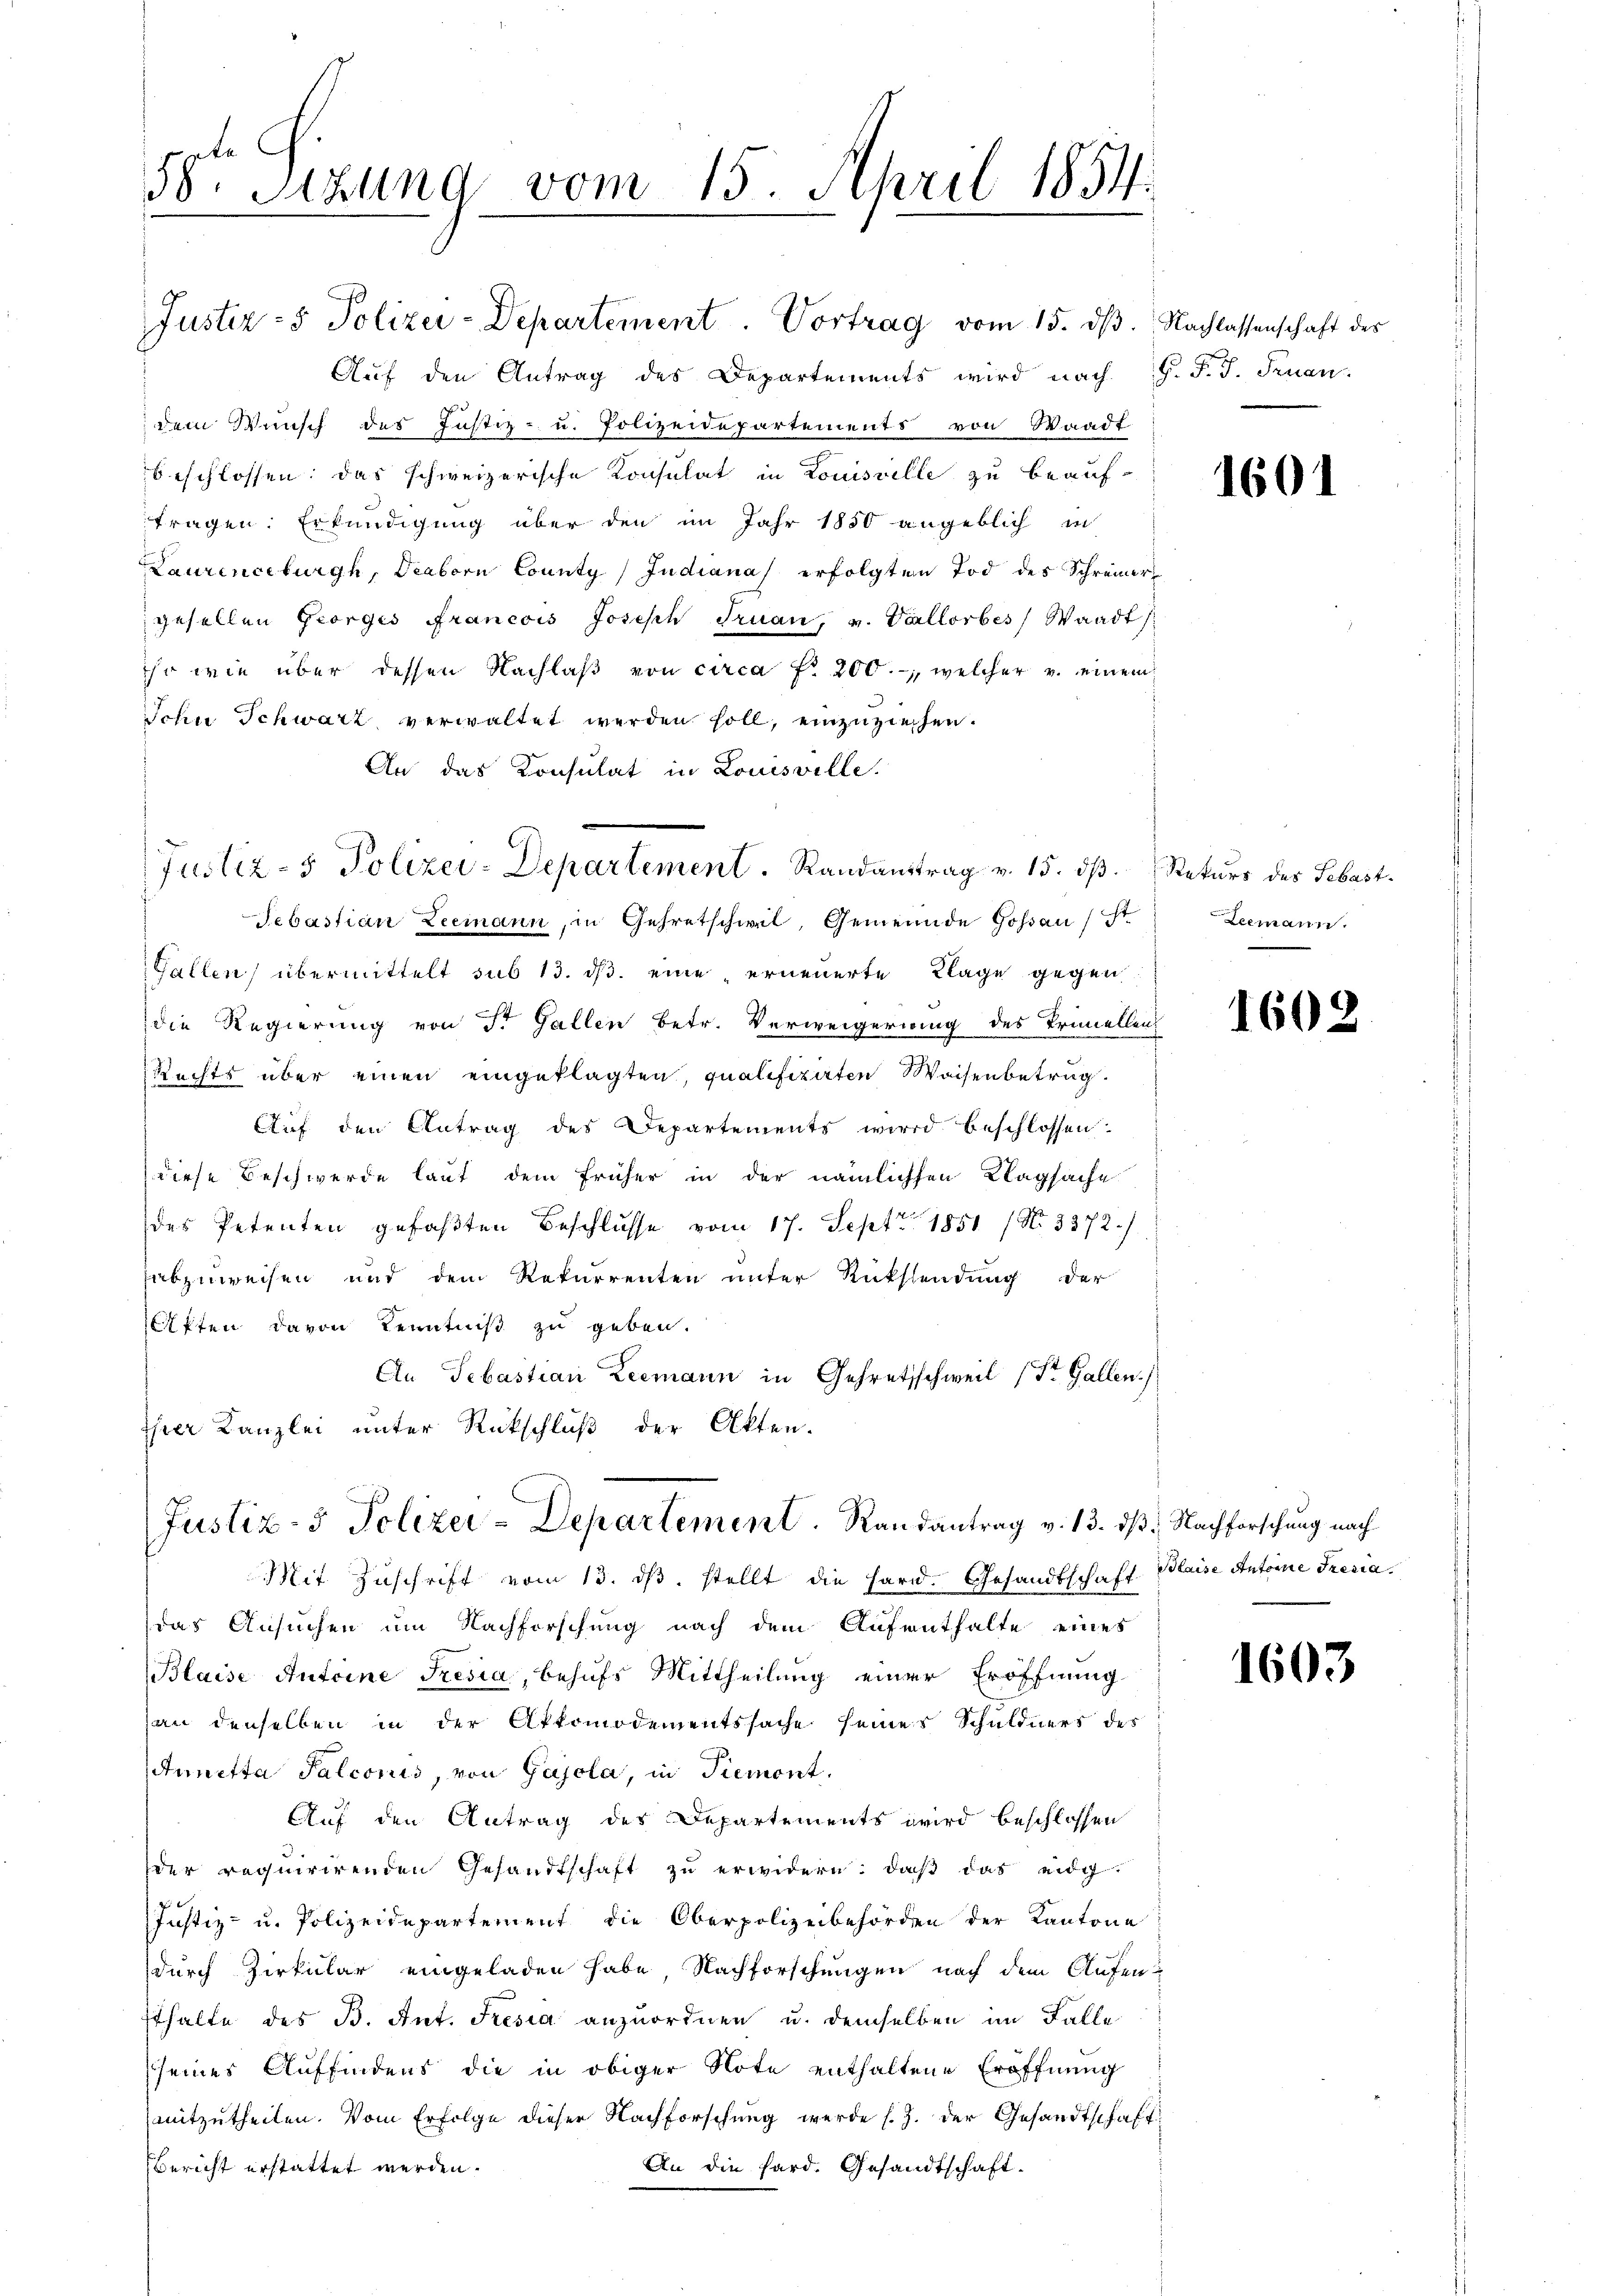
56. Sitzung vom 15. April 1854.
e

Auf den Antrag des Departements wird nach J. F. J. Finan
dem Wunsch des Justiz- u. Polizeidepartements von Waadt
beschlossen: das schweizerische Konsulat in Louisville zu beauffragen. Erkundigung über den im Jahr 1850 angeblich in
Laurenceburgh, Deaborn County (Judiana erfolgten Tod des Schreiner
gesellen Georges Francois Joseph Fruan, u. Vallorbes Waadt
so wie über dessen Nachlaβ von circa Fr. 200.-, welcher v. einem
Jchn Schwarz, verwaltet werden soll, einzuziehen.
An das Konsulat in Louisville.
Sebastian Leemann, in Gehretschweil, Gemeinde Goßau (St
Gallen übermittelt sub 13. ds. eine, erneuerte Klage gegen
die Regierung von St. Gallen betr. Verweigerung des Trinellen
Rechts über einen eingeklagten, qualifizirten Waisenbetrug.
Auf den Antrag des Departements wird beschlossen
diese Beschwerde laut dem früher in der nämlichen Klagsache
des Petenten gefaβten Beschlŭsse vom 17. Sept. 1851 (No. 3372.)
abzuweisen und dem Rekurrenten unter Rücksendung der
Affen davon Kenntniß zu geben.
An Sebastian Leemann in Gehretzschweil (St. Gallen.)
ihrer Kanzlei unter Rückschluß der Akten.
Justiz- & Polizei-Departement. Randantrag v. 13. dβ. Nachforschung nach
Mit Zŭschrift vom 13. dβ stellt die Hard. Gesandtschaft Blaise Antoine Fresiadas Ansuchen um Nachforschung nach dem Aufenthalte eines
Blaise Antoine Fresia, behufs Mittheilung einer Eröffnung
(an denselben in der Aktomodementssache seines Schuldners des
Annitta Salconis, von Gajcla, in Piemont.
Auf den Antrag des Departements wird beschlossen
der requirirenden Gesandtschaft zu erwidern: daß das eidg
Justiz- u. Polizeidepartement die Oberpolizeibehörden der Kantone
durch Zirkular eingeladen habe, Nachforschungen nach dem Aufensthalte des B. Ant. Fresia anzuordnen u. demselben im Falle
seines Auffindens die in obiger Note enthaltene Eröffnung
mitzŭtheilen. Vom Erfolge dieser Nachforschŭng werde s. Z. der Gesandtschaft
Bericht erstattet werden.
An die fard. Gesandtschaft.

Justiz- & Polizei-Departement. Randanstrag v. 15. dβ. Rekurs des Sebast.

Justiz- & Polizei-Departement. Vortrag vom 15. dβ. Nachlassenschaft des

1601

Leemann.

1602

1603